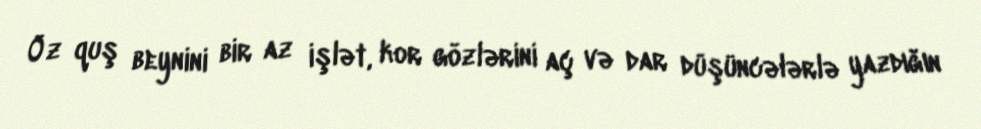
Öz quş beynini bir az işlət, kor gözlərini aç və dar düşüncələrlə yazdığın